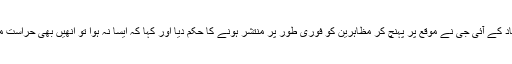
اس موقع پر اسلام آباد کے آئی جی نے موقع پر پہنچ کر مظاہرین کو فوری طور پر منتشر ہونے کا حکم دیا اور کہا کہ ایسا نہ ہوا تو انھیں بھی حراست میں لے لیا جائے گا۔